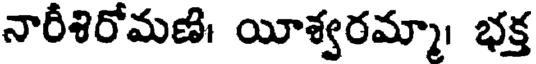
నారీశిరోమణి। యీశ్వరమ్మా। భక్త